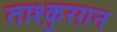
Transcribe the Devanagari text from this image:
ताश्कुरग़न